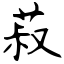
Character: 菽